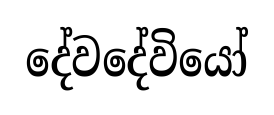
දේවදේවියෝ